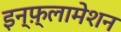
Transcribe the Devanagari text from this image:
इन्फ़्लामेशन